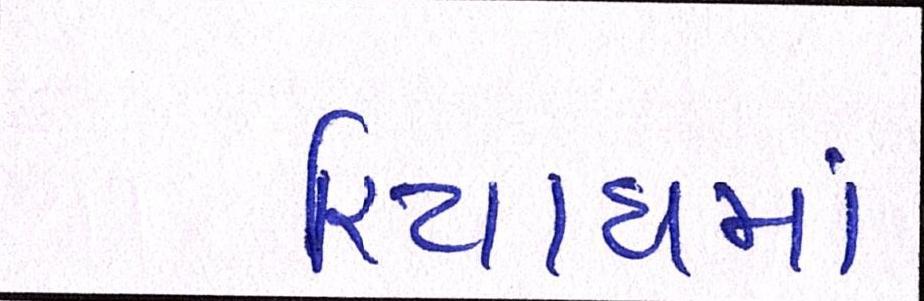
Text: રિયાધમાં